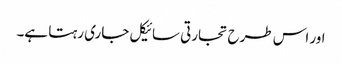
اور اس طرح تجارتی سائیکل جاری رہتا ہے۔